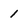
Character: 1